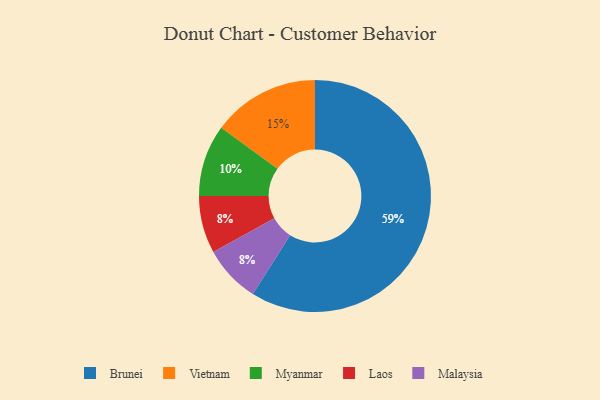
{"axis": {"x": "Category", "y": "Percentage"}, "legend": ["Brunei", "Laos", "Malaysia", "Myanmar", "Vietnam"], "data": [{"x": "Myanmar", "y": 10, "type": "Myanmar"}, {"x": "Laos", "y": 8, "type": "Laos"}, {"x": "Malaysia", "y": 8, "type": "Malaysia"}, {"x": "Brunei", "y": 59, "type": "Brunei"}, {"x": "Vietnam", "y": 15, "type": "Vietnam"}]}